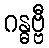
ဂန္ဓဗ္ဗီ